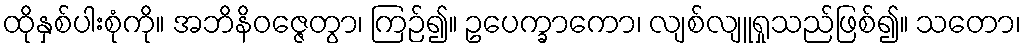
ထိုနှစ်ပါးစုံကို။ အဘိနိဝဇ္ဇေတွာ၊ ကြဉ်၍။ ဥပေက္ခာကော၊ လျစ်လျူရှုသည်ဖြစ်၍။ သတော၊